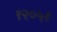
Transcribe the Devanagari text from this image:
१२०५१